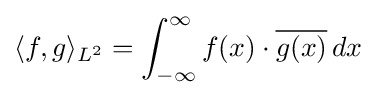
\langle f,g\rangle _{L^{2}}=\int _{-\infty }^{\infty }f(x)\cdot {\overline {g(x)}}\,dx